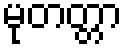
မုတတ္တာ